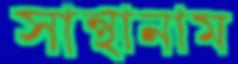
সান্থানাম